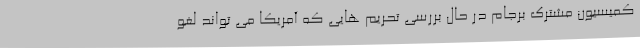
کمیسیون مشترک برجام در حال بررسی تحریم هایی که آمریکا می تواند لغو